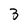
Character: 3